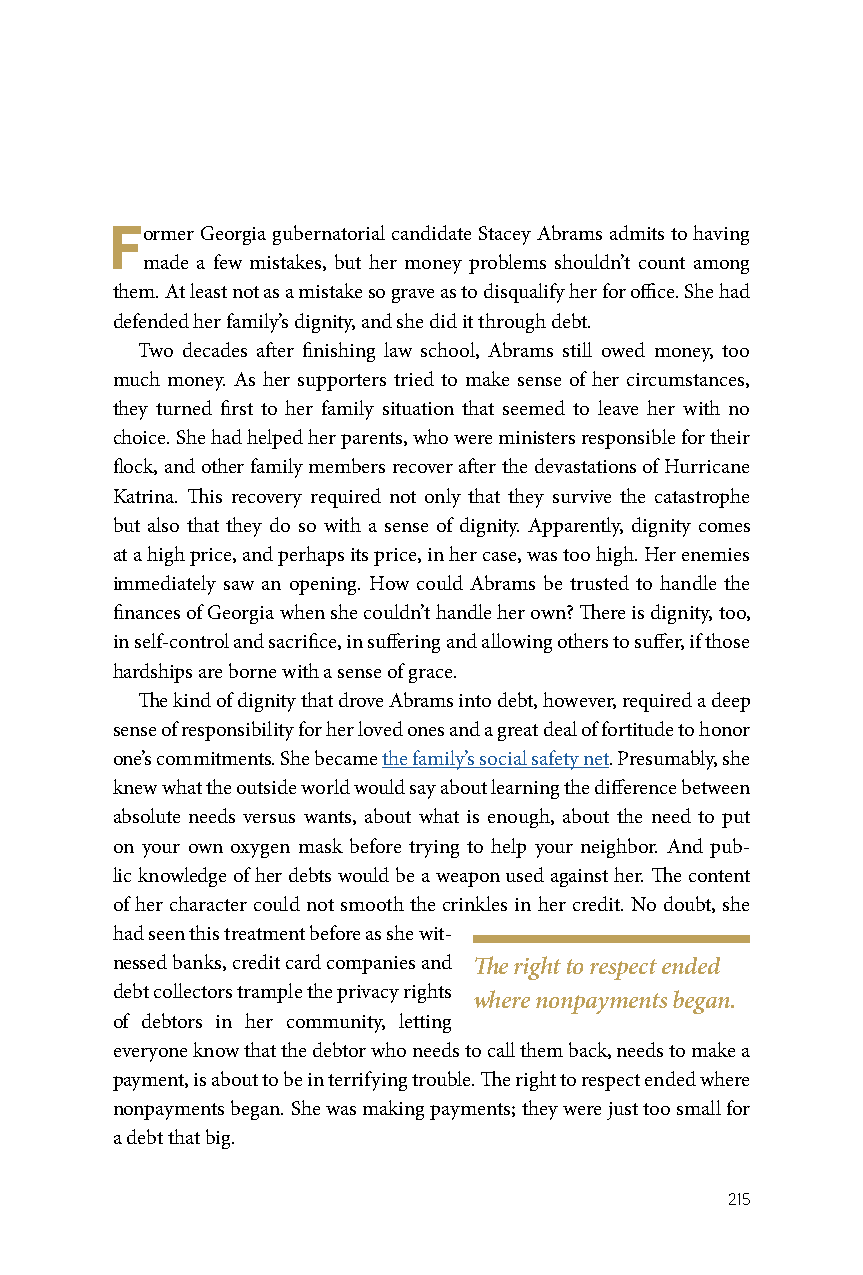
Former Georgia gubernatorial candidate Stacey Abrams admits to having
 made a few mistakes, but her money problems shouldn’t count among
 them. At least not as a mistake so grave as to disqualify her for office. She had
 defended her family’s dignity, and she did it through debt.
 Two decades after finishing law school, Abrams still owed money, too
 much money. As her supporters tried to make sense of her circumstances,
 they turned first to her family situation that seemed to leave her with no
 choice. She had helped her parents, who were ministers responsible for their
 flock, and other family members recover after the devastations of Hurricane
 Katrina. This recovery required not only that they survive the catastrophe
 but also that they do so with a sense of dignity. Apparently, dignity comes
 at a high price, and perhaps its price, in her case, was too high. Her enemies
 immediately saw an opening. How could Abrams be trusted to handle the
 finances of Georgia when she couldn’t handle her own? There is dignity, too,
 in self-control and sacrifice, in suffering and allowing others to suffer, if those
 hardships are borne with a sense of grace.
 The kind of dignity that drove Abrams into debt, however, required a deep
 sense of responsibility for her loved ones and a great deal of fortitude to honor
 one’s commitments. She became the family’s social safety net. Presumably, she
 knew what the outside world would say about learning the difference between
 absolute needs versus wants, about what is enough, about the need to put
 on your own oxygen mask before trying to help your neighbor. And pub-
 lic knowledge of her debts would be a weapon used against her. The content
 of her character could not smooth the crinkles in her credit. No doubt, she
 had seen this treatment before as she wit-
 nessed banks, credit card companies and The right to respect ended
 debt collectors trample the privacy rights
 where nonpayments began.
 of debtors in her community, letting
 everyone know that the debtor who needs to call them back, needs to make a
 payment, is about to be in terrifying trouble. The right to respect ended where
 nonpayments began. She was making payments; they were just too small for
 a debt that big.
 215